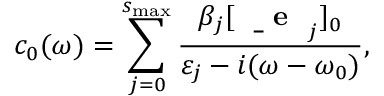
c _ { 0 } ( \omega ) = \sum _ { j = 0 } ^ { s _ { \mathrm { m a x } } } \frac { \beta _ { j } [ \mathrm { ~ \bf ~ \underline { ~ } { ~ e ~ } ~ } _ { j } ] _ { 0 } } { \varepsilon _ { j } - i ( \omega - \omega _ { 0 } ) } ,